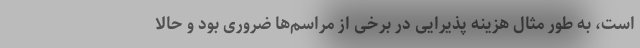
است، به طور مثال هزینه پذیرایی در برخی از مراسم‌ها ضروری بود و حالا